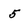
Character: 5